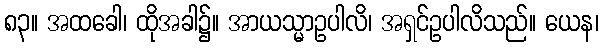
၈၃။ အထခေါ၊ ထိုအခါ၌။ အာယသ္မာဥပါလိ၊ အရှင်ဥပါလိသည်။ ယေန၊